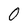
Character: 0